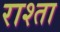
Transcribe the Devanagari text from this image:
राश्ता